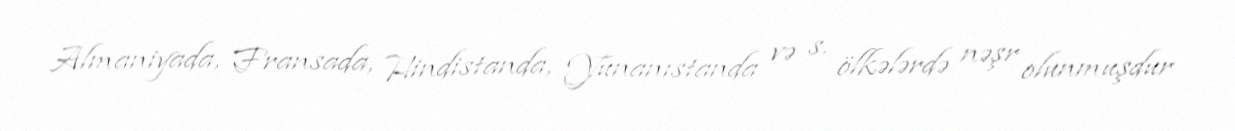
Almaniyada, Fransada, Hindistanda, Yunanıstanda və s. ölkələrdə nəşr olunmuşdur